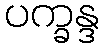
ပက္ခန္ဒ